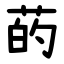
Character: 菂